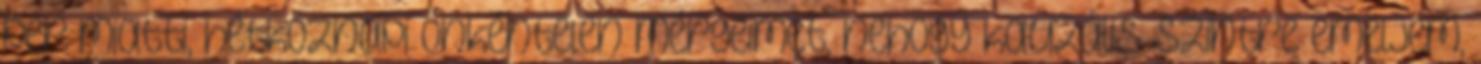
per miatti, hétköznapi önkéntelen mérgeimet, nehogy kauzális szintre emeljem,